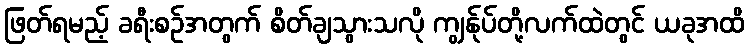
ဖြတ်ရမည့် ခရီးစဉ်အတွက် စိတ်ချသွားသလို ကျွန်ုပ်တို့လက်ထဲတွင် ယခုအထိ